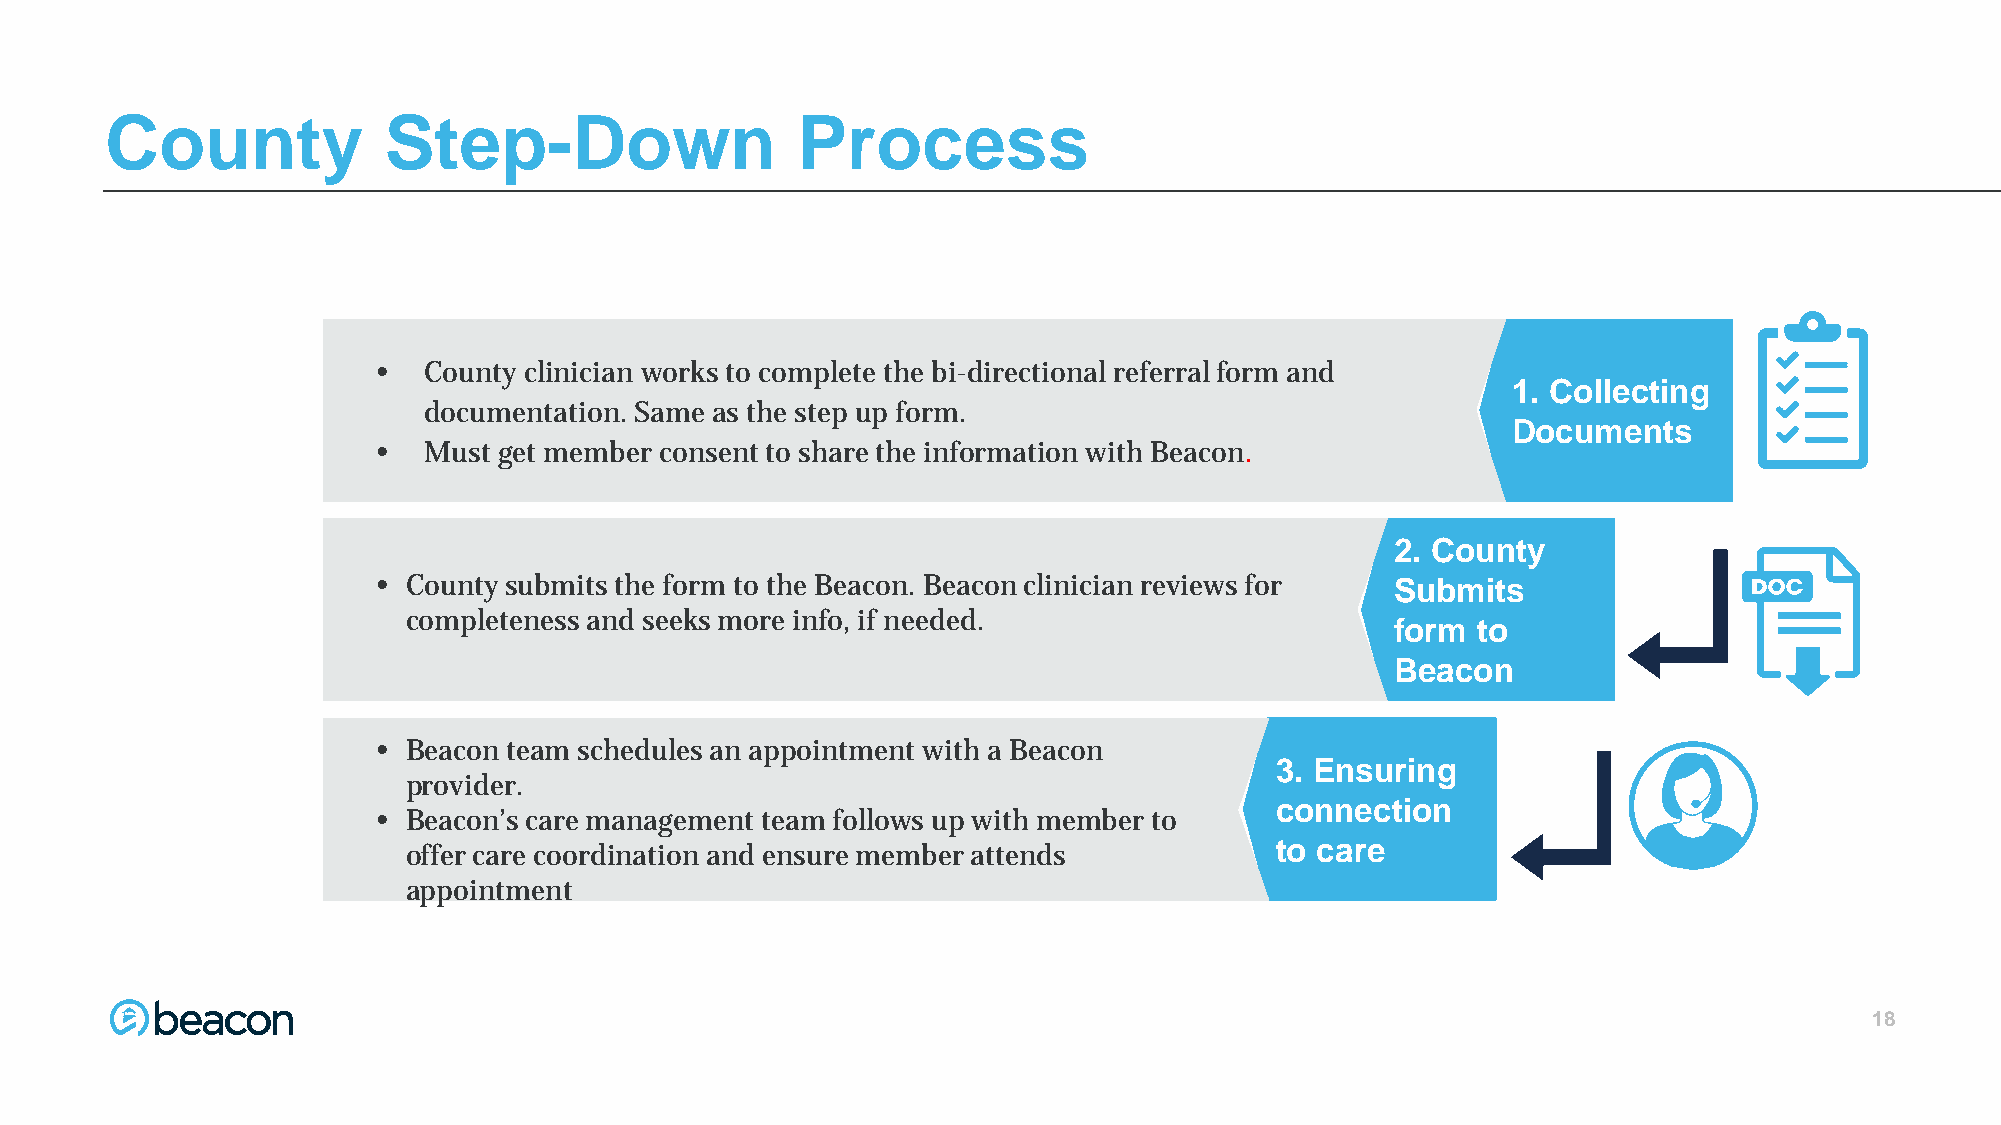
County            Step-Down                   Process
 •  County clinician works to complete the bi-directional referral form and
 1. Collecting
 documentaTteioxnt. Same as the step up form.
 Documents
 •  Must get member consent to share the information with Beacon.
 2. County
 • County submits the form to the Beacon. Beacon clinician reviews for Submits
 Text
 completeness and seeks more info, if needed.
 form  to
 Beacon
 • Beacon team schedules an appointment with a Beacon
 3. Ensuring
 provider.
 connection
 • Beacon’s care management team follows up with member to
 offer care coordination and ensure member attends        to care
 appointment
 11118888